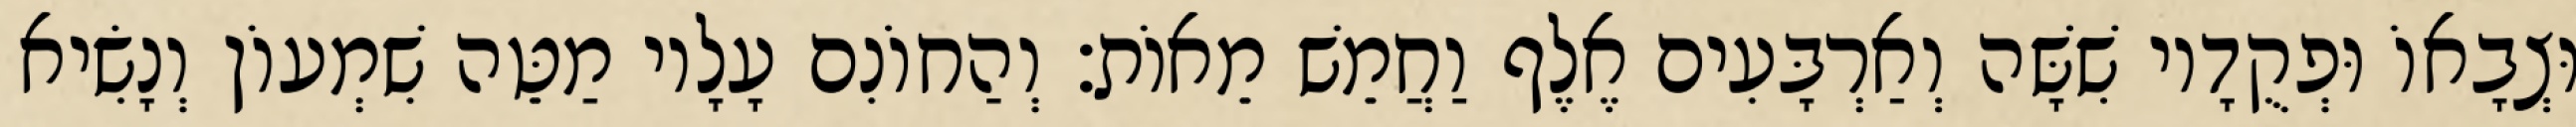
וּצְבָאוֹ וּפְקֻדָיו שִׁשָּׁה וְאַרְבָּעִים אֶלֶף וַחֲמֵשׁ מֵאוֹת׃ וְהַחוֹנִם עָלָיו מַטֵּה שִׁמְעוֹן וְנָשִׂיא